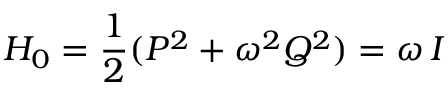
H _ { 0 } = \frac { 1 } { 2 } ( P ^ { 2 } + \omega ^ { 2 } Q ^ { 2 } ) = \omega \, I